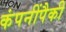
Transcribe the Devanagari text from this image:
कंपनींपैकी